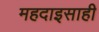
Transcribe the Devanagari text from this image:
महदाइसाही